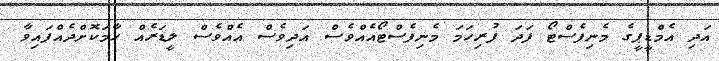
އަދި އެމްޑީޕީގެ މެނިފެސްޓޯ ފަދަ ފުރިހަމަ މެނިފެސްޓޯއެއްވެސް އަދިވެސް އެއްވެސް ލީޑަރެއް ހާމަކޮށްދެއްފައިވާ